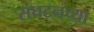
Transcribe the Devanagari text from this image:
संघटनच्या